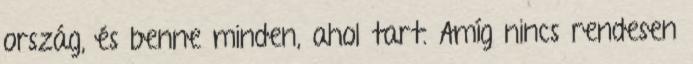
ország, és benne minden, ahol tart. Amíg nincs rendesen